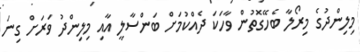
މިލިންދުގެ މިރޯލާ ބެހޭގޮތުން ވާހަކަ ދެއްކުމަށް ބަންސާލީ އާއި މިލިންދު ވަރަށް ގިނަ